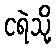
ငရဲသို့